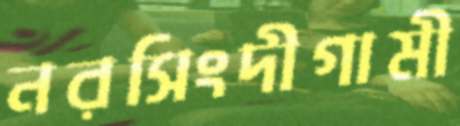
নরসিংদীগামী